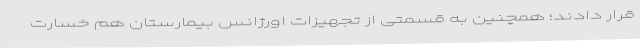
قرار دادند؛ همچنین به قسمتی از تجهیزات اورژانس بیمارستان هم خسارت